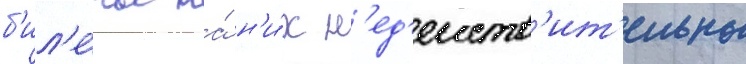
б'ил'е́ты на́ н'и́х н'ед'еиств'ит'ельны